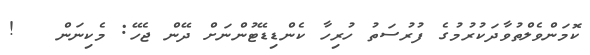
ކޮމަންވެލްތުވާދަކުރުމުގެ ފުރުސަތު ހުރިހާ ކެންޑިޑޭޓުންނަށް ދޭން ޖެހޭ: މެކިނަން   !